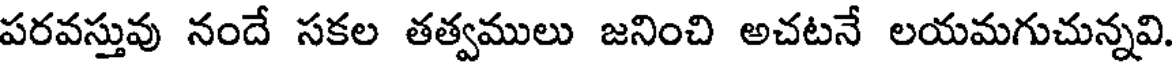
పరవస్తువు నందే సకల తత్వములు జనించి అచటనే లయమగుచున్నవి.